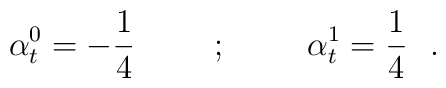
\alpha^0_t = -{1\over 4}  \hskip 1cm ; \hskip 1cm \alpha^1_t = {1\over 4}~~.